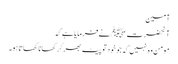
آمین
آنحضرت ﷺ نے فرمایا ہے کہ
مومن وہ نہیں کہ جو خودتو پیٹ بھرکر کھانا کھاتا ہو۔